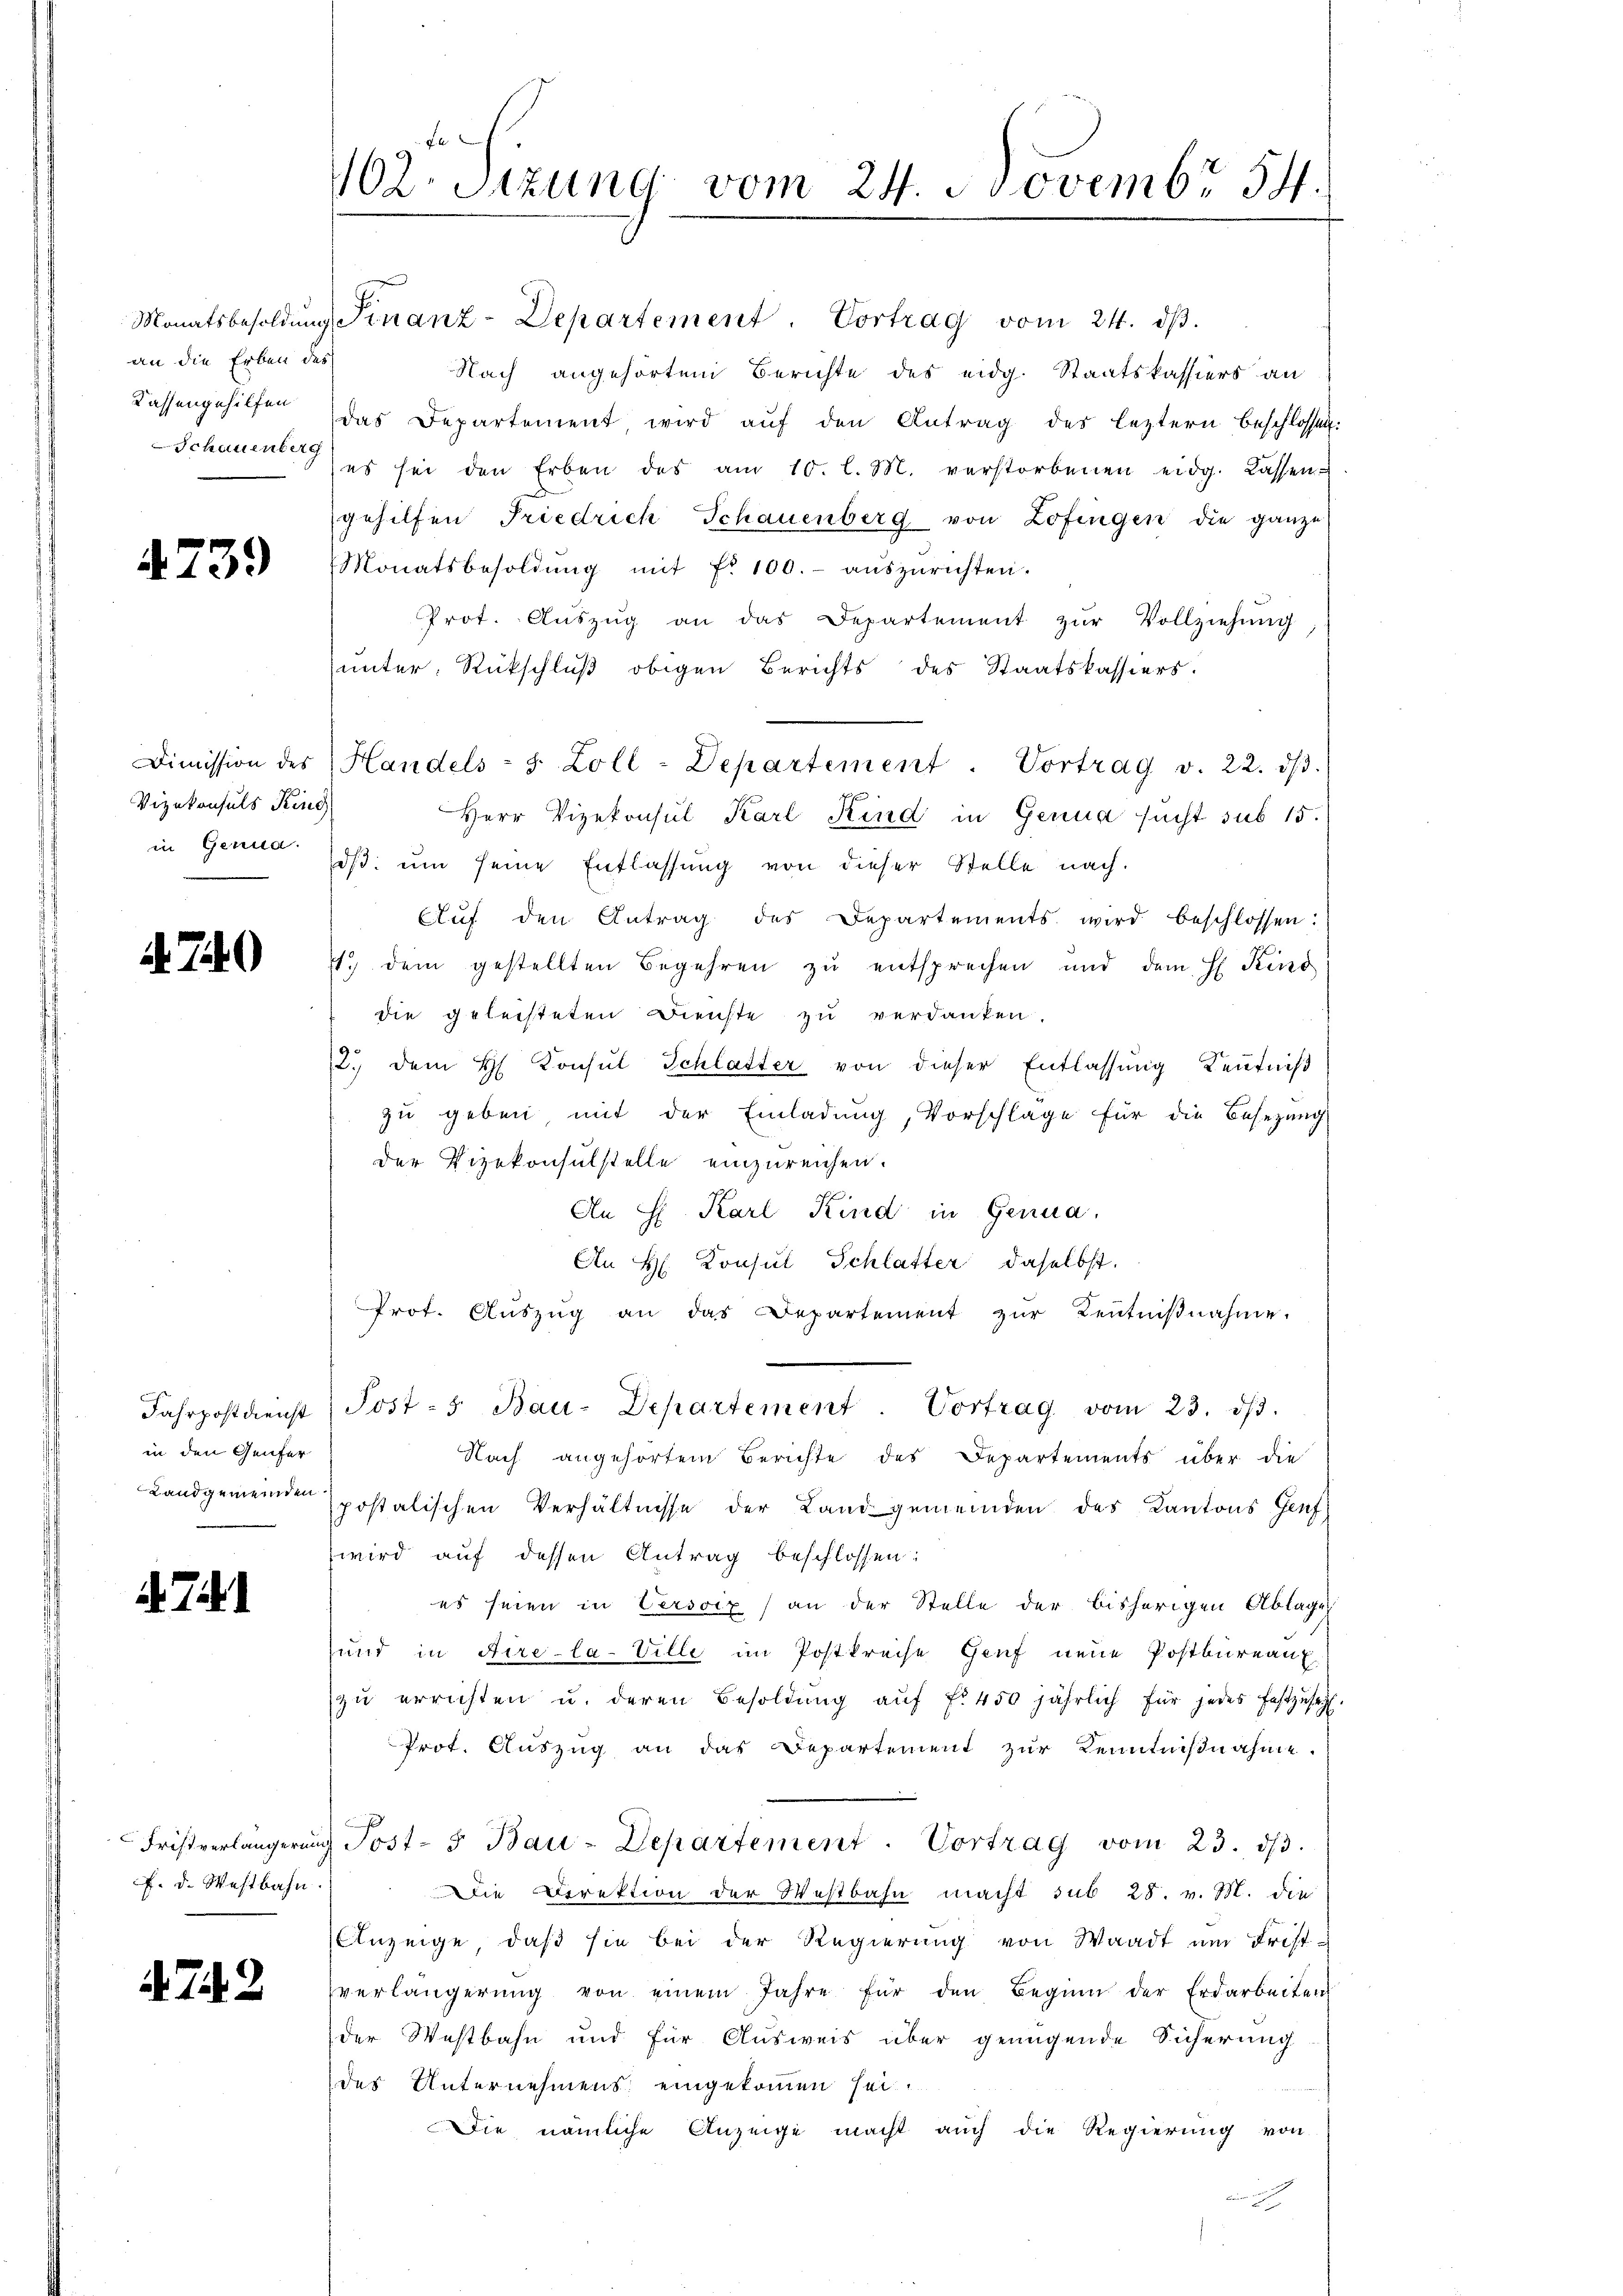
an die Erben des
Kassengehilfen
Schauenberg

. 740

d. 7.

3.)

Dimission des
Vizekonsuls Kind
in Genua.

in den Genfer

f. d. Westbahn.

A Zif. 2

102. Sitzung vom 24. Novembr 54.

Monatsbesoldung Finanz-Departement. Vortrag vom 24. dβ.
Nach angehörten Berichte des eidg. Staatskassiers an
das Departement, wird auf den Antrag des leztern beschlossen:
(es sei den Erben des am 10. l. M. verstorbenen eidg. Kassen
gehilfen Friedrich Schauenberg von Zofingen die ganze
Monatsbesoldŭng mit fr. 100.- aŭszŭrichten.
Prot. Aŭszŭg an das Departement zŭr Vollziehŭng
unter Rückschlŭβ obigen Berichts des Staatskassiers.
Herr Vizekonsul Karl Kind in Genua sucht sub 15.
dβ ŭm seine Entlassung von dieser Stelle nach.
Aŭf den Antrag des Departements wird beschlossen:
1.) Dem gestellten Begehren zu entsprechen und dem H. Kind
die geleisteten Dienste zu verdanken.
12. dem H. Konsul Schlatter von dieser Entlassung Kentniß
zu geben, mit der Einladung, Vorschläge für die Besezung
der Vizekonsulstelle einzureichen.
An H. Karl Kind in Genua.
An H. Konsul Schlatter daselbst.
Prot. Aŭszŭg an das Departement zŭr Zentniβnahme.
Jahrpostdienst, Post - 5. Bau-Departement. Vortrag vom 23. dβ.
Nach angehörtem Berichte des Departements über die
Landgemeinden postalischen Verhältnisse der Land gemeinden des Kantons Genf,
wird auf dessen Antrag beschlossen:
es seien in Versciz) an der Stelle der bisherigen Ablage
und in Aire-la-Ville im Postkreise Genf neue Postbureaux
zŭ errichten u. deren Besoldŭng aŭf fr. 450 jährlich für jedes festzŭset.
Prot. Auszug an das Departement zur Kenntnißnahme.
Fristverlängerung Post- 5 Bau-Departement. Vortrag vom 23. dβ.
Die Direktion der Westbahn macht sub 28. v. M. die
Anzeige, daβ sie bei der Regierŭng von Waadt ŭm Fristverlängerŭng von einem Jahre für den Beginn der Erdarbeiten
der Westbahn und für Ausweis über genügende Sicherung
des Unternehmens eingekommen sei.
Die nämliche Anzeige macht auch die Regierung von

Handels- 3. Zoll-Departement. Vortrag v. 22. dβ.